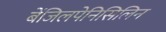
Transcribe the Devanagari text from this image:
बेंजिलपेनिसिलिन